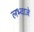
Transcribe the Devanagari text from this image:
लभ्वाजे